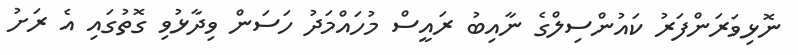
ނޮޅިވަރަންފަރު ކައުންސިލްގެ ނާއިބު ރައީސް މުހައްމަދު ހަސަން ވިދާޅުވި ގޮތުގައި އެ ރަށު